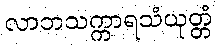
လာဘသက္ကာရသံယုတ္တံ